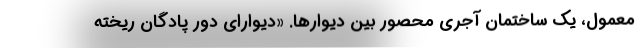
معمول، يك ساختمان آجري محصور بين ديوارها. «ديواراي دور پادگان ريخته